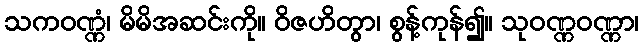
သကဝဏ္ဏံ၊ မိမိအဆင်းကို။ ဝိဇဟိတွာ၊ စွန့်ကုန်၍။ သုဝဏ္ဏဝဏ္ဏာ၊